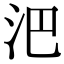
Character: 𣲩